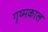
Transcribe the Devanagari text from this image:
गृष्मकाल